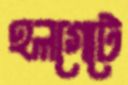
হলগেটে